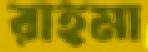
রাহমা